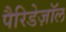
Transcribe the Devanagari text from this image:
पैरिडेज़ॉल